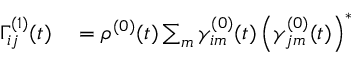
\begin{array} { r l } { \Gamma _ { i j } ^ { ( 1 ) } ( t ) } & { { } = \rho ^ { ( 0 ) } ( t ) \sum _ { m } \gamma _ { i m } ^ { ( 0 ) } ( t ) \left( \gamma _ { j m } ^ { ( 0 ) } ( t ) \right) ^ { \ast } } \end{array}